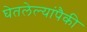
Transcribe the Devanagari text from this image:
घेतलेल्यांपैकी